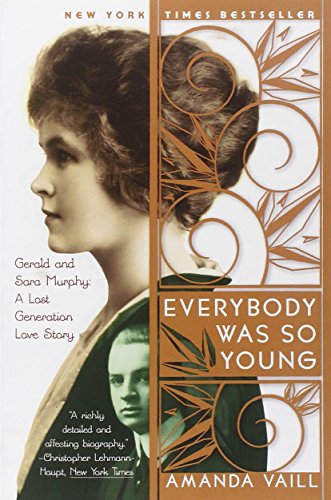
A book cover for Everybody Was So Young: Gerald and Sara Murphy: A Lost Generation Love Story; Amanda Vaill; Biographies & Memoirs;